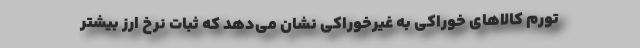
تورم كالاهاي خوراكي به غيرخوراكي نشان مي‌دهد كه ثبات نرخ ارز بيشتر